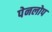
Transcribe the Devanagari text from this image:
पेनलोप